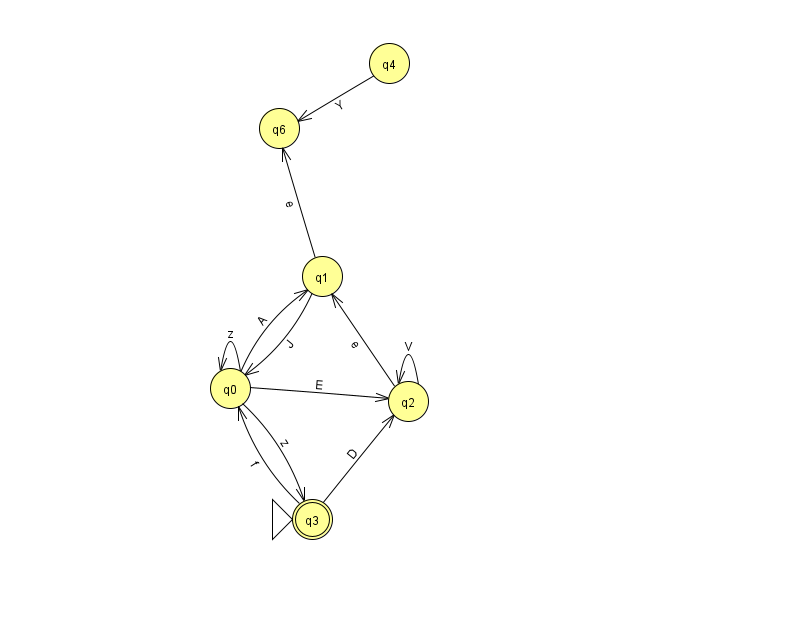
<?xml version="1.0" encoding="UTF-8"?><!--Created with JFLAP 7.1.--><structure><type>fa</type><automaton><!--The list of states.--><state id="0" name="q0"><x>230.0</x><y>375.0</y></state><state id="1" name="q1"><x>322.0</x><y>263.0</y></state><state id="2" name="q2"><x>408.0</x><y>388.0</y></state><state id="3" name="q3"><x>312.0</x><y>506.0</y><initial/><final/></state><state id="4" name="q4"><x>389.0</x><y>50.0</y></state><state id="6" name="q6"><x>279.0</x><y>115.0</y></state><!--The list of transitions.--><transition><from>4</from><to>6</to><read>Y</read></transition><transition><from>0</from><to>3</to><read>z</read></transition><transition><from>0</from><to>1</to><read>A</read></transition><transition><from>3</from><to>2</to><read>D</read></transition><transition><from>2</from><to>2</to><read>V</read></transition><transition><from>1</from><to>0</to><read>J</read></transition><transition><from>1</from><to>6</to><read>e</read></transition><transition><from>0</from><to>0</to><read>z</read></transition><transition><from>2</from><to>1</to><read>e</read></transition><transition><from>3</from><to>0</to><read>f</read></transition><transition><from>0</from><to>2</to><read>E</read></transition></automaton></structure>